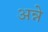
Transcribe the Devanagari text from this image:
अन्ने